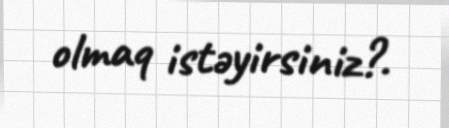
olmaq istəyirsiniz?.